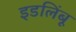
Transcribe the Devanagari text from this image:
इडलिंबू